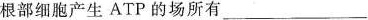
根部细胞产生ATP的场所有___